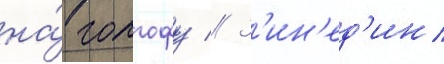
на́ голгофу // З'ин'ед'ин